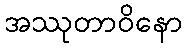
အဿုတာဝိနော